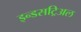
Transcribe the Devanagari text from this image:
इन्डसट्रिअल